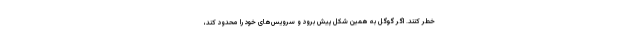
خطر کنند. اگر گوگل به همین شکل پیش برود و سرویس‌های خود را محدود کند،